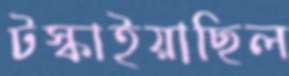
টস্‌কাইয়াছিল